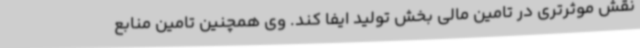
نقش موثرتری در تامین مالی بخش تولید ایفا کند. وی همچنین تامین منابع